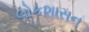
લોકશાસન